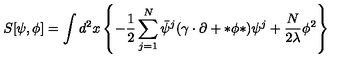
S [ \psi , \phi ] = \int d ^ { 2 } x \left\{ - \frac { 1 } { 2 } \sum _ { j = 1 } ^ { N } \bar { \psi } ^ { j } ( \gamma \cdot \partial + * \phi * ) \psi ^ { j } + \frac { N } { 2 \lambda } \phi ^ { 2 } \right\}